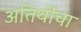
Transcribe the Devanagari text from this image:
अतिथींचा